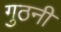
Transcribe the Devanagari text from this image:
गुठनी